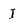
Character: I